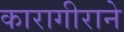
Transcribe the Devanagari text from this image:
कारागीराने